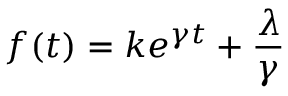
f ( t ) = k e ^ { \gamma t } + \frac { \lambda } { \gamma }